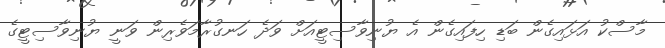
މާސްކު އަޅައިގެން ބަޑި ހިފައިގެން އެ ޔުނިވާސިޓީއަށް ވަދެ ހަނގުރާމަވެރިން ވަނީ ޔުނިވާސިޓީގެ